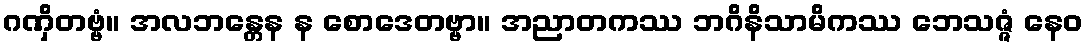
ဂဏှိတဗ္ဗံ။ အလဘန္တေန န စောဒေတဗ္ဗာ။ အညာတကဿ ဘဂိနိသာမိကဿ ဘေသဇ္ဇံ နေဝ